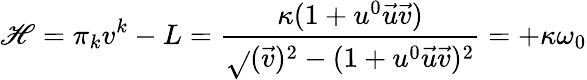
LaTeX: \mathscr{H}=\pi_{k}v^{k}-L=\frac{{\kappa(1+u^{0}\vec{{u}}\vec{{v}})}}{{\sqrt{}{{(\vec{{v}})^{2}-(1+u^{0}\vec{{u}}\vec{{v}})^{2}}}}}=+\kappa\omega_{0}